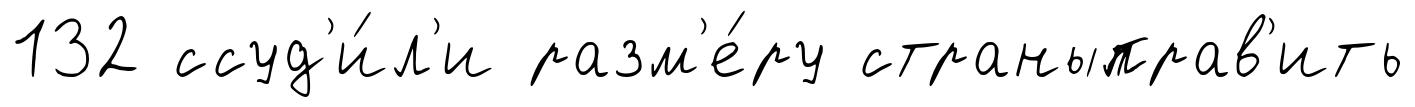
132 ссуд'и́л'и разм'е́ру страныправ'ить